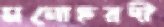
মনোহরদী